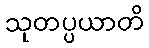
သုတပ္ပယာတိ